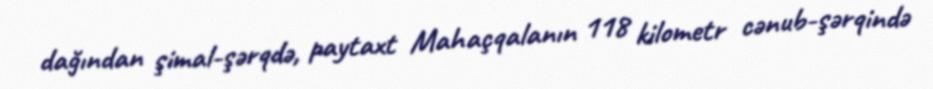
dağından şimal-şərqdə, paytaxt Mahaçqalanın 118 kilometr cənub-şərqində